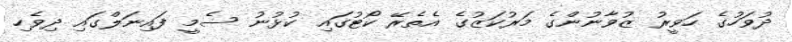
ދުވަހުގެ ހަވީރު ޒުވާނުންގެ މަރުކަޒުގެ އެތެރޭ ކޯޓުގައި ކުޅުނު ސެމީ ފައިނަލްގައި ދިވެހި